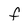
Character: f